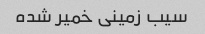
سیب زمینی خمیر شده